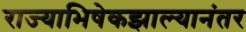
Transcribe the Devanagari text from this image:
राज्याभिषेकझाल्यानंतर